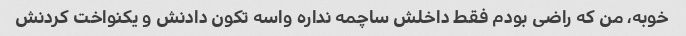
خوبه، من که راضی بودم فقط داخلش ساچمه نداره واسه تکون دادنش و یکنواخت کردنش